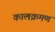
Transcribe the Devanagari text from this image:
कालक्रमण